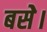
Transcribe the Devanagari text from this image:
बसेे।